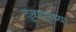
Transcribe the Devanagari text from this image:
तुळापूरच्या